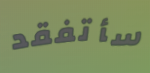
سأتفقد